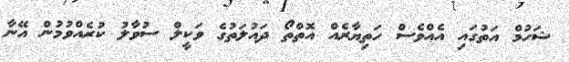
ޝަހުމް އަތުގައި އެއްވެސް ހަތިޔާރެއް އޮތްތޯ ދައުލަތުގެ ވަކީލް ސުވާލު ކުރެއްވުމުން އޭނާ